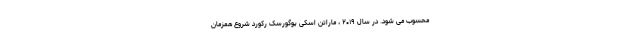
محسوب می شود. در سال ۲۰۱۹ ، ماراتن اسکی یوگورسک رکورد شروع همزمان